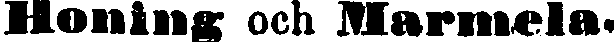
Honing och Marmela-